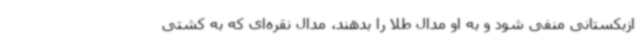
ازبکستانی منفی شود و به او مدال طلا را بدهند، مدال نقره‌ای که به کشتی